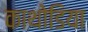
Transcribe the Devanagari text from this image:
काथोडिया